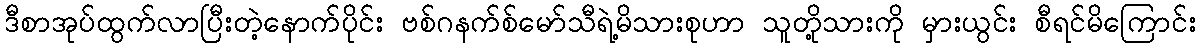
ဒီစာအုပ်ထွက်လာပြီးတဲ့နောက်ပိုင်း ဗစ်ဂနက်စ်မော်သီရဲ့မိသားစုဟာ သူတို့သားကို မှားယွင်း စီရင်မိကြောင်း